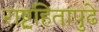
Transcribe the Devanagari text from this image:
राष्ट्रहितापुढे